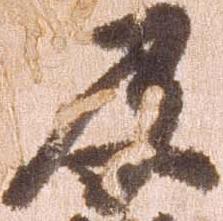
及